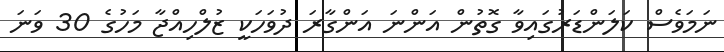
ނަމަވެސް ކަލަންޑަރުގައިވާ ގޮތުން އަންނަ އަންގާރަ ދުވަހަކީ ޒުލްހިއްޖާ މަހުގެ 30 ވަނަ